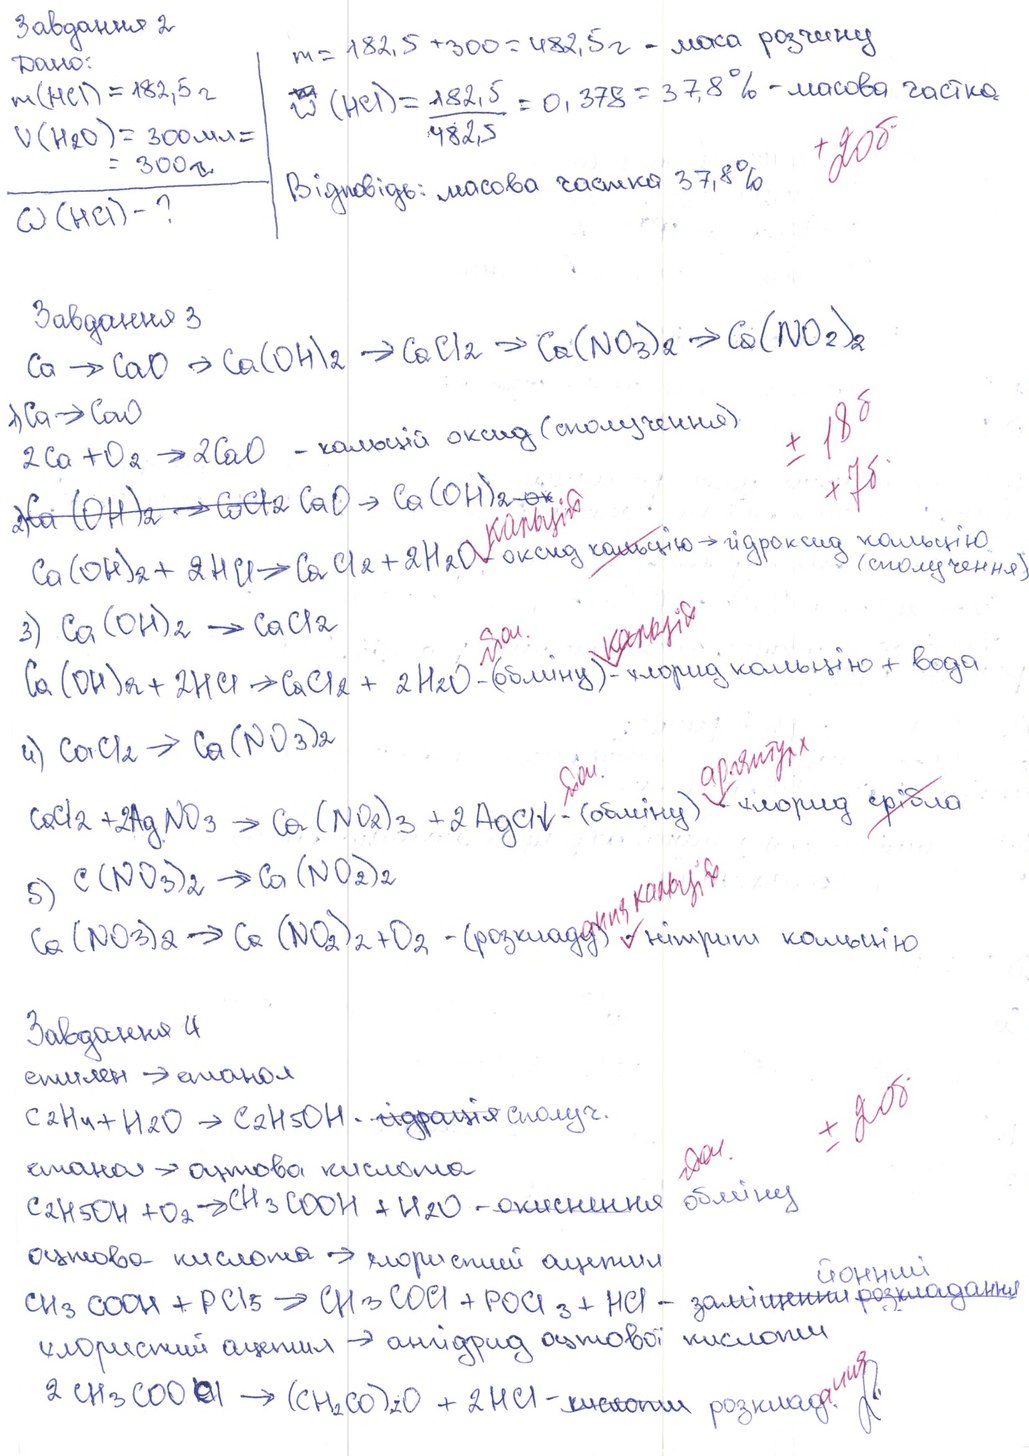
Завдання 2
m = 182,5 + 300 = 482,5г - маса розчину
Дано:
ω  (HCl) = 182,5/482,5 = 0,378 = 37,8 % - масова частка
m(HCl) = 182,5 г
V(H2O) = 300 мл =
+ 20б.
= 300 г.
Відповідь: масова частка 37,8%
ω (HCl) - ?
Завдання 3
Ca → CaO → Ca(OH)2 → CaCl2 → Ca(NO3)2 → Ca(NO2)2
± 18 б
1) Ca → CaO
2Ca + O2 → 2CaO - кальцій оксид (сполучення)
+7 б
2)~~Ca(OH)2→CaCl2~~ CaO → Ca(OH)2~~[illegible]~~
кальцій
Ca(OH)2 + 2HCl → CaCl2 + 2H2O - оксид ~~кальцію~~ → гідроксид кальцію (сполучення)
кальцій
3) Ca(OH)2 → CaCl2
Ca(OH)2 + 2HCl → CaCl2 + 2H2O - (обміну) - хлорид кальцію + вода
ii) CaCl2 → Ca(NO3)2
CaCl2 + 2AgNO3 → Ca(NO2)3 + 2AgCl↓ - (обміну) - хлорид ~~срібла~~
ання кальцію
5) C(NO3)2 → Ca(NO2)2
Ca(NO3)2 → Ca(NO2)2 + O2 - (розкладу) - нітрит кальцію
Завдання 4
етилен → етанол
± 20 б
C2H4 + H2O → C2H5OH - ~~гідрація~~ сполуч.
етанол → оцтова кислота
C2H5OH + O2 → CH3COOH + H2O - окиснення обміну
оцтова кислота → хлористий ацетил
CH3COOH + PCl5 → CH3COCl + POCl3 + HCl - ~~заміщення розкладання~~ {йонний}
хлористий ацетил → ангідрид оцтової кислоти
ання
2 CH3COOCl → (CH2CO)2O + 2HCl - ~~кислоти~~ розклад.